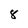
Character: 8